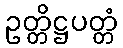
ဥတ္တိဋ္ဌပတ္တံ